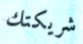
شريكتك